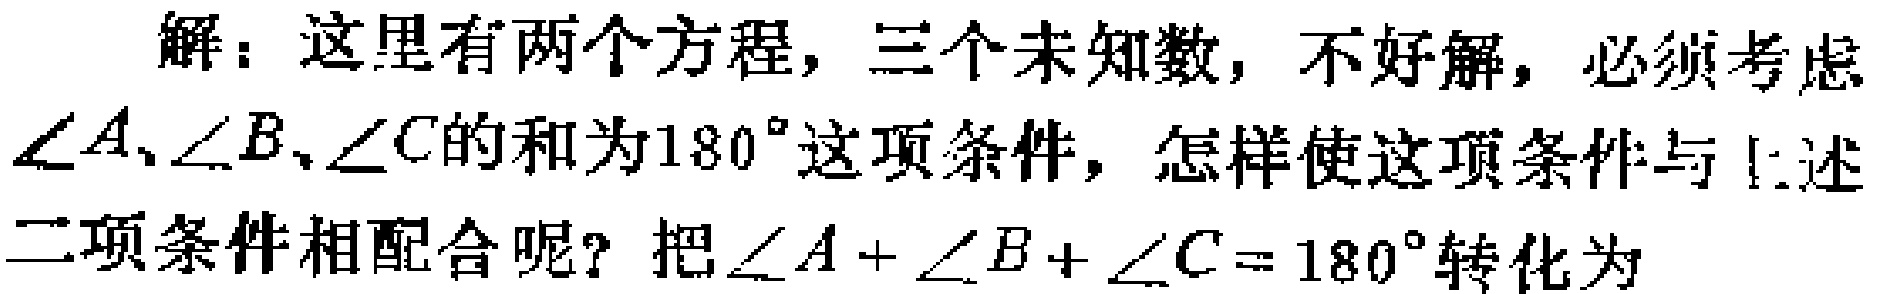
解：这里有两个方程，三个未知数，不好解，必须考虑$\angle A、\angle B、\angle C$的和为$180^{\circ}$这项条件，怎样使这项条件与上述二项条件相配合呢？把$\angle A + \angle B + \angle C = 180^{\circ}$转化为